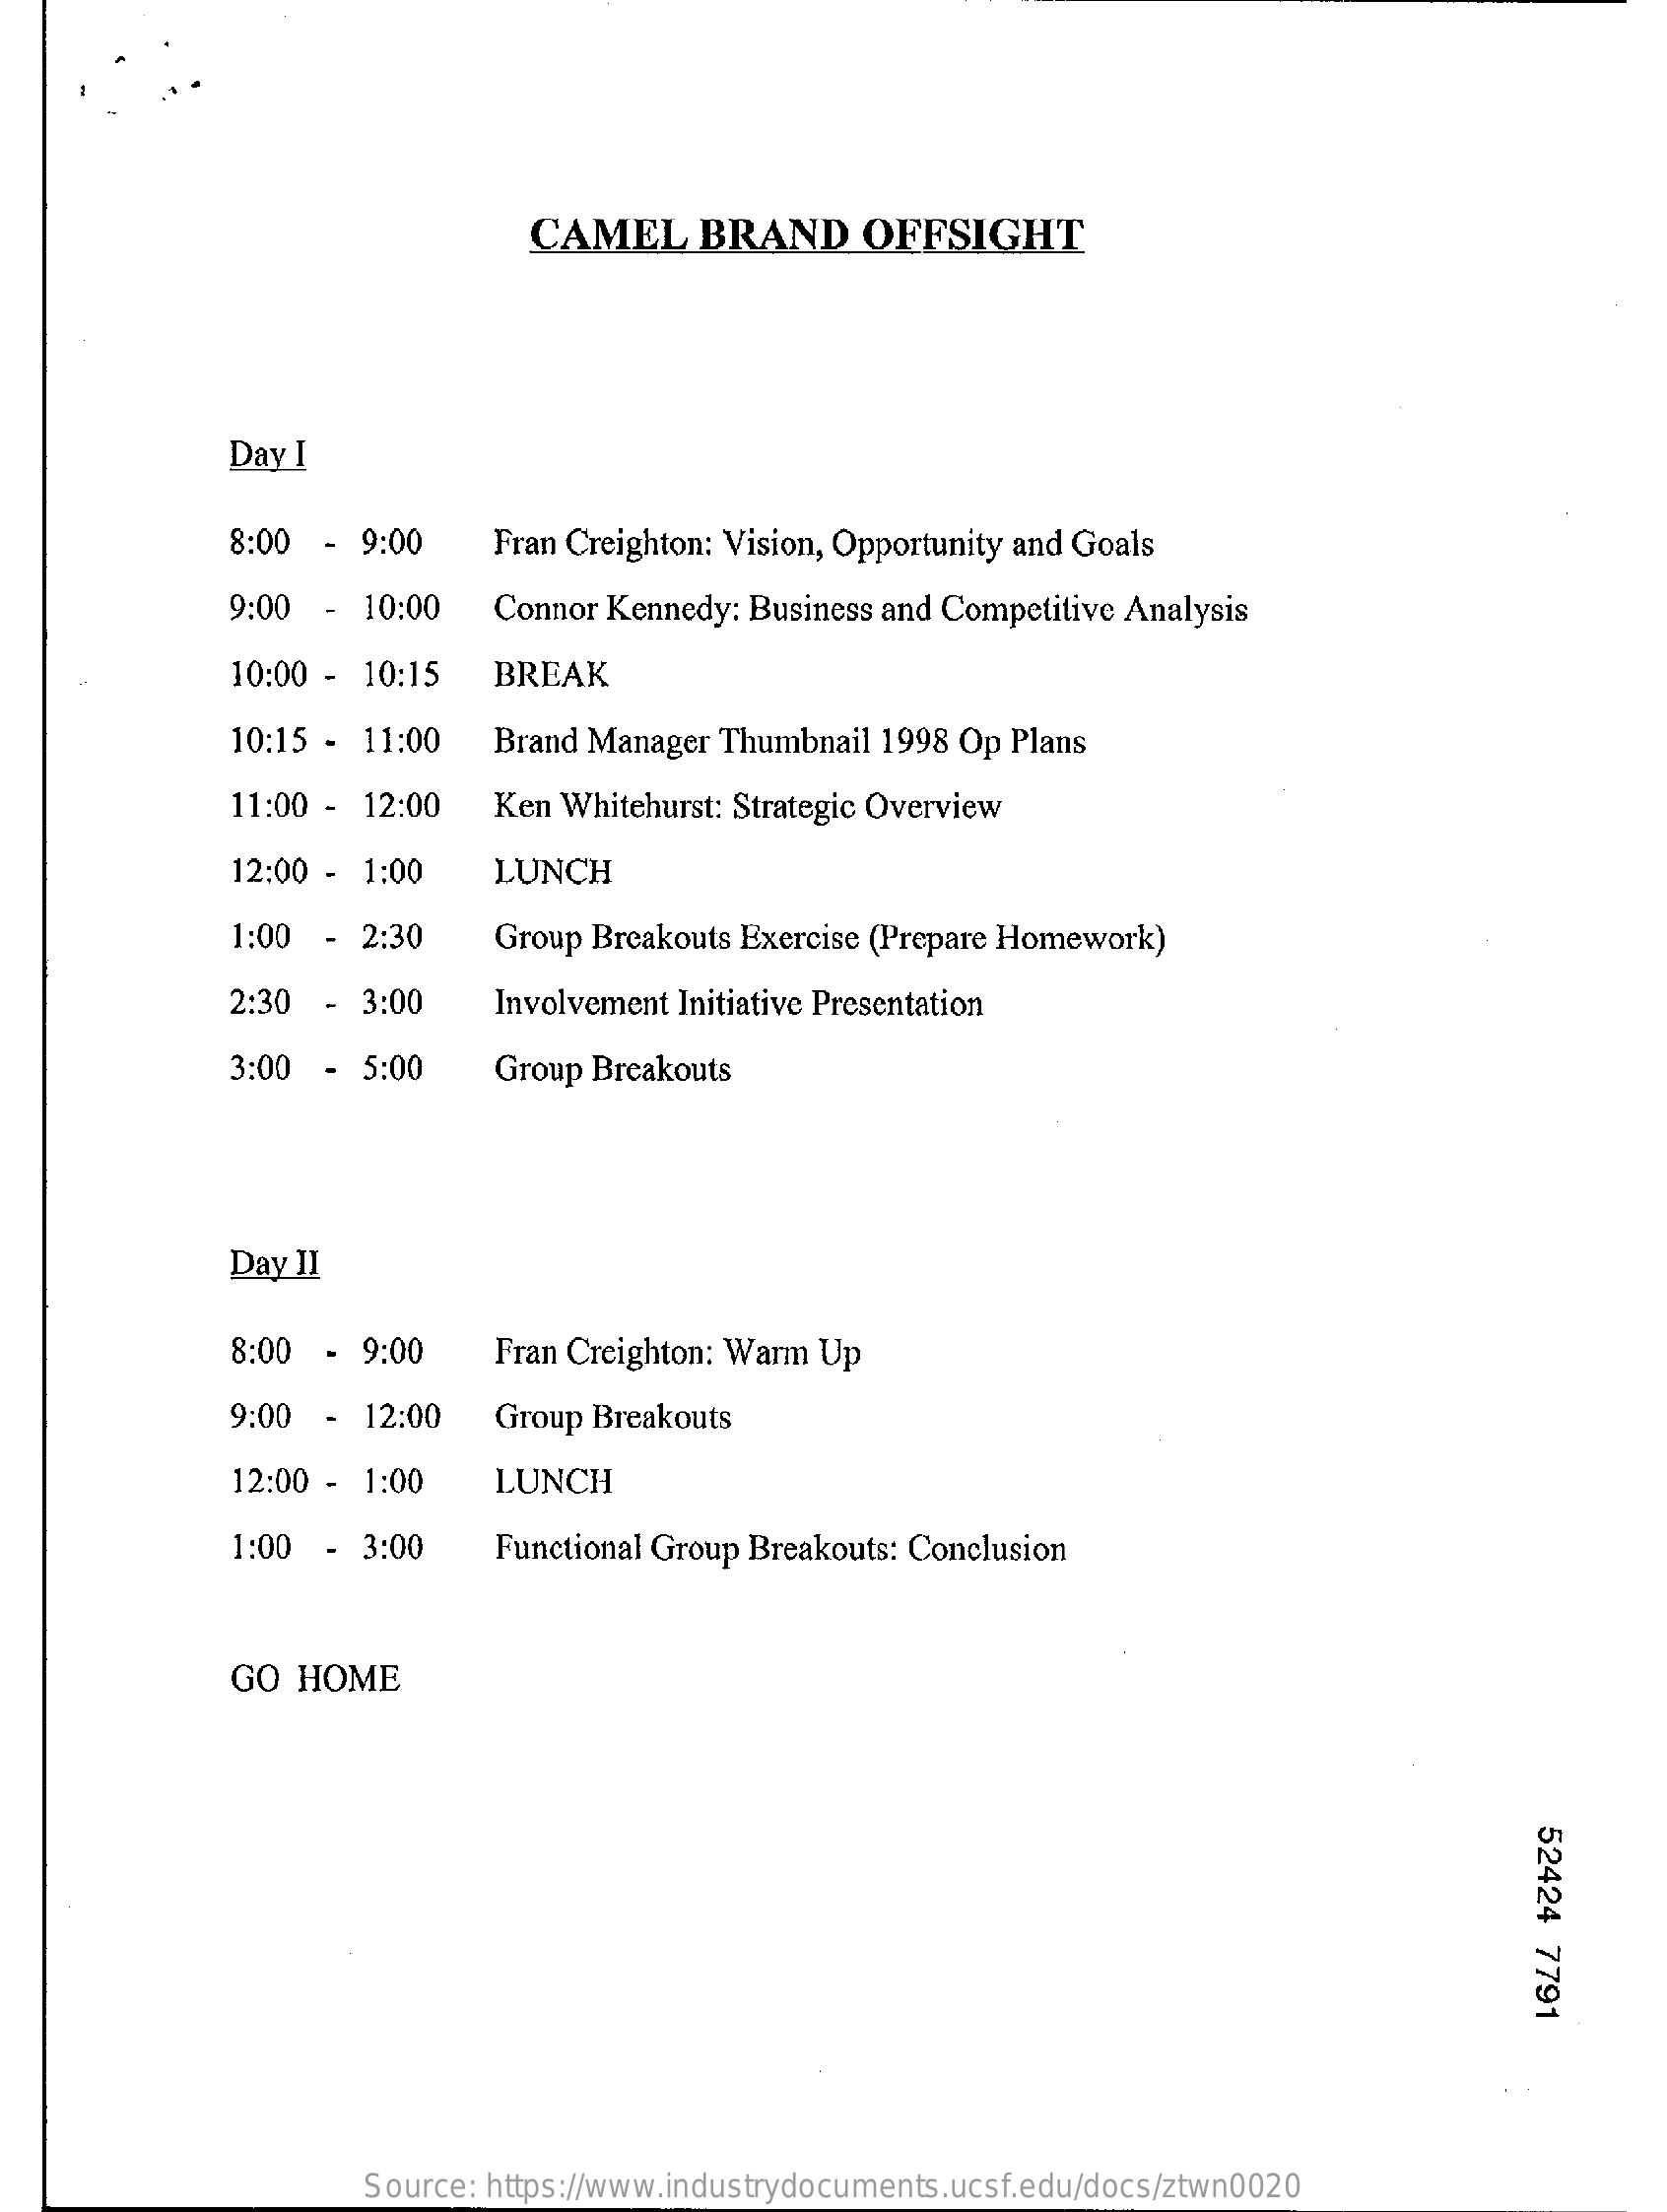
CAMEL    BRAND    OFFSIGHT
     Day I
     8:00 -  9:00    Fran Creighton: Vision, Opportunity and Goals
     9:00 -  10:00   Connor Kennedy: Business and Competitive Analysis
     10:00 - 10:15   BREAK
     10:15 - 11:00   Brand Manager  Thumbnail 1998 Op Plans
     11:00 - 12:00   Ken Whitehurst: Strategic Overview
     12:00 - 1:00    LUNCH
     1:00 -  2:30    Group Breakouts Exercise (Prepare Homework)
     2:30 -  3:00    Involvement Initiative Presentation
     3:00 -  5:00    Group Breakouts
     Day II
     8:00  - 9:00    Fran Creighton: Warm Up
     9:00 -  12:00   Group Breakouts
     12:00 - 1:00    LUNCH
     1:00  - 3:00    Functional Group Breakouts: Conclusion
     GO  HOME
     52424
     7791
     Source: https://www.industrydocuments.ucsf.edu/docs/ztwn0020